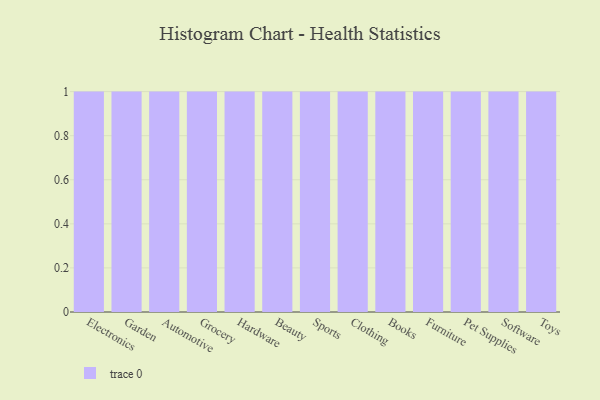
{"axis": {"x": "Category", "y": "Gross Profit (USD K)"}, "legend": [""], "data": [{"x": "Electronics", "y": 68, "type": ""}, {"x": "Garden", "y": 77, "type": ""}, {"x": "Automotive", "y": 5, "type": ""}, {"x": "Grocery", "y": 99, "type": ""}, {"x": "Hardware", "y": 24, "type": ""}, {"x": "Beauty", "y": 11, "type": ""}, {"x": "Sports", "y": 25, "type": ""}, {"x": "Clothing", "y": 71, "type": ""}, {"x": "Books", "y": 96, "type": ""}, {"x": "Furniture", "y": 82, "type": ""}, {"x": "Pet Supplies", "y": 79, "type": ""}, {"x": "Software", "y": 81, "type": ""}, {"x": "Toys", "y": 36, "type": ""}]}